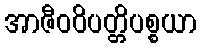
အာဇီဝဝိပတ္တိပစ္စယာ